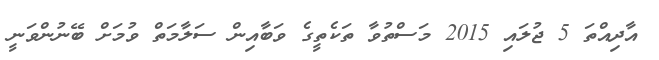
އާދިއްތަ 5 ޖުލައި 2015 މަސްތުވާ ތަކެތީގެ ވަބާއިން ސަލާމަތް ވުމަށް ބޭނުންވަނީ